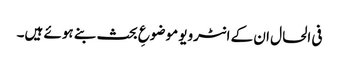
فی الحال ان کے انٹرویو موضوعِ بحث بنے ہوئے ہیں۔